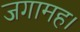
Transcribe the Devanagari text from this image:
जगामह।